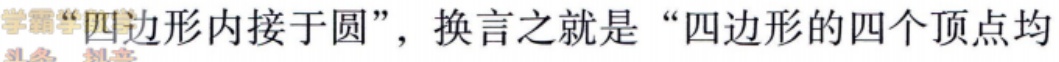
学霸“四边形内接于圆”，换言之就是“四边形的四个顶点均